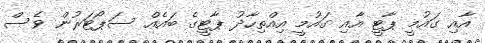
އާއި ގައުމީ ޕާޓީ އާއި ގައުމީ އިއްތިހާދު ޕާޓީގެ ބައެއް ސަޕޯޓަރުން ވެސް